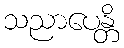
သညာပေန္တိ